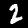
Digit: 2